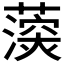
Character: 𮑰